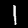
Digit: 1